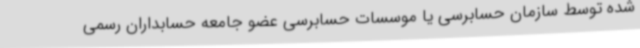
شده توسط سازمان حسابرسی یا موسسات حسابرسی عضو جامعه حسابداران رسمی